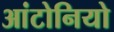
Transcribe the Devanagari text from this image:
आंटोनियो